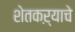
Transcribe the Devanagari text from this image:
शेतकऱ्याचे